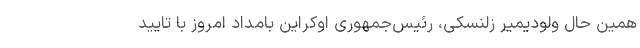
همین حال ولودیمیر زلنسکی، رئیس‌جمهوری اوکراین بامداد امروز با تایید